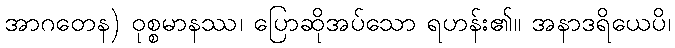
အာဂတေန) ဝုစ္စမာနဿ၊ ပြောဆိုအပ်သော ရဟန်း၏။ အနာဒရိယေပိ၊